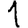
Digit: 1